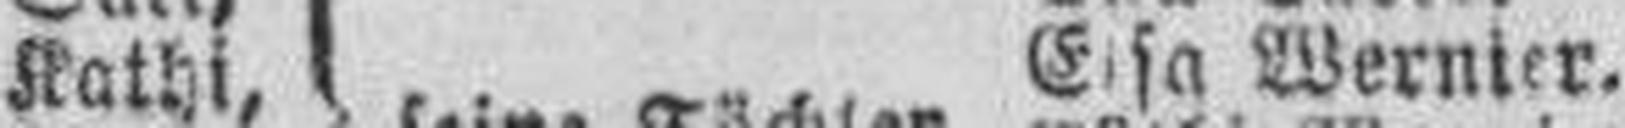
Kathi, Elsa Wernier.